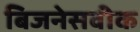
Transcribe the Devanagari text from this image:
बिजनेसवीक